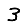
Digit: 3